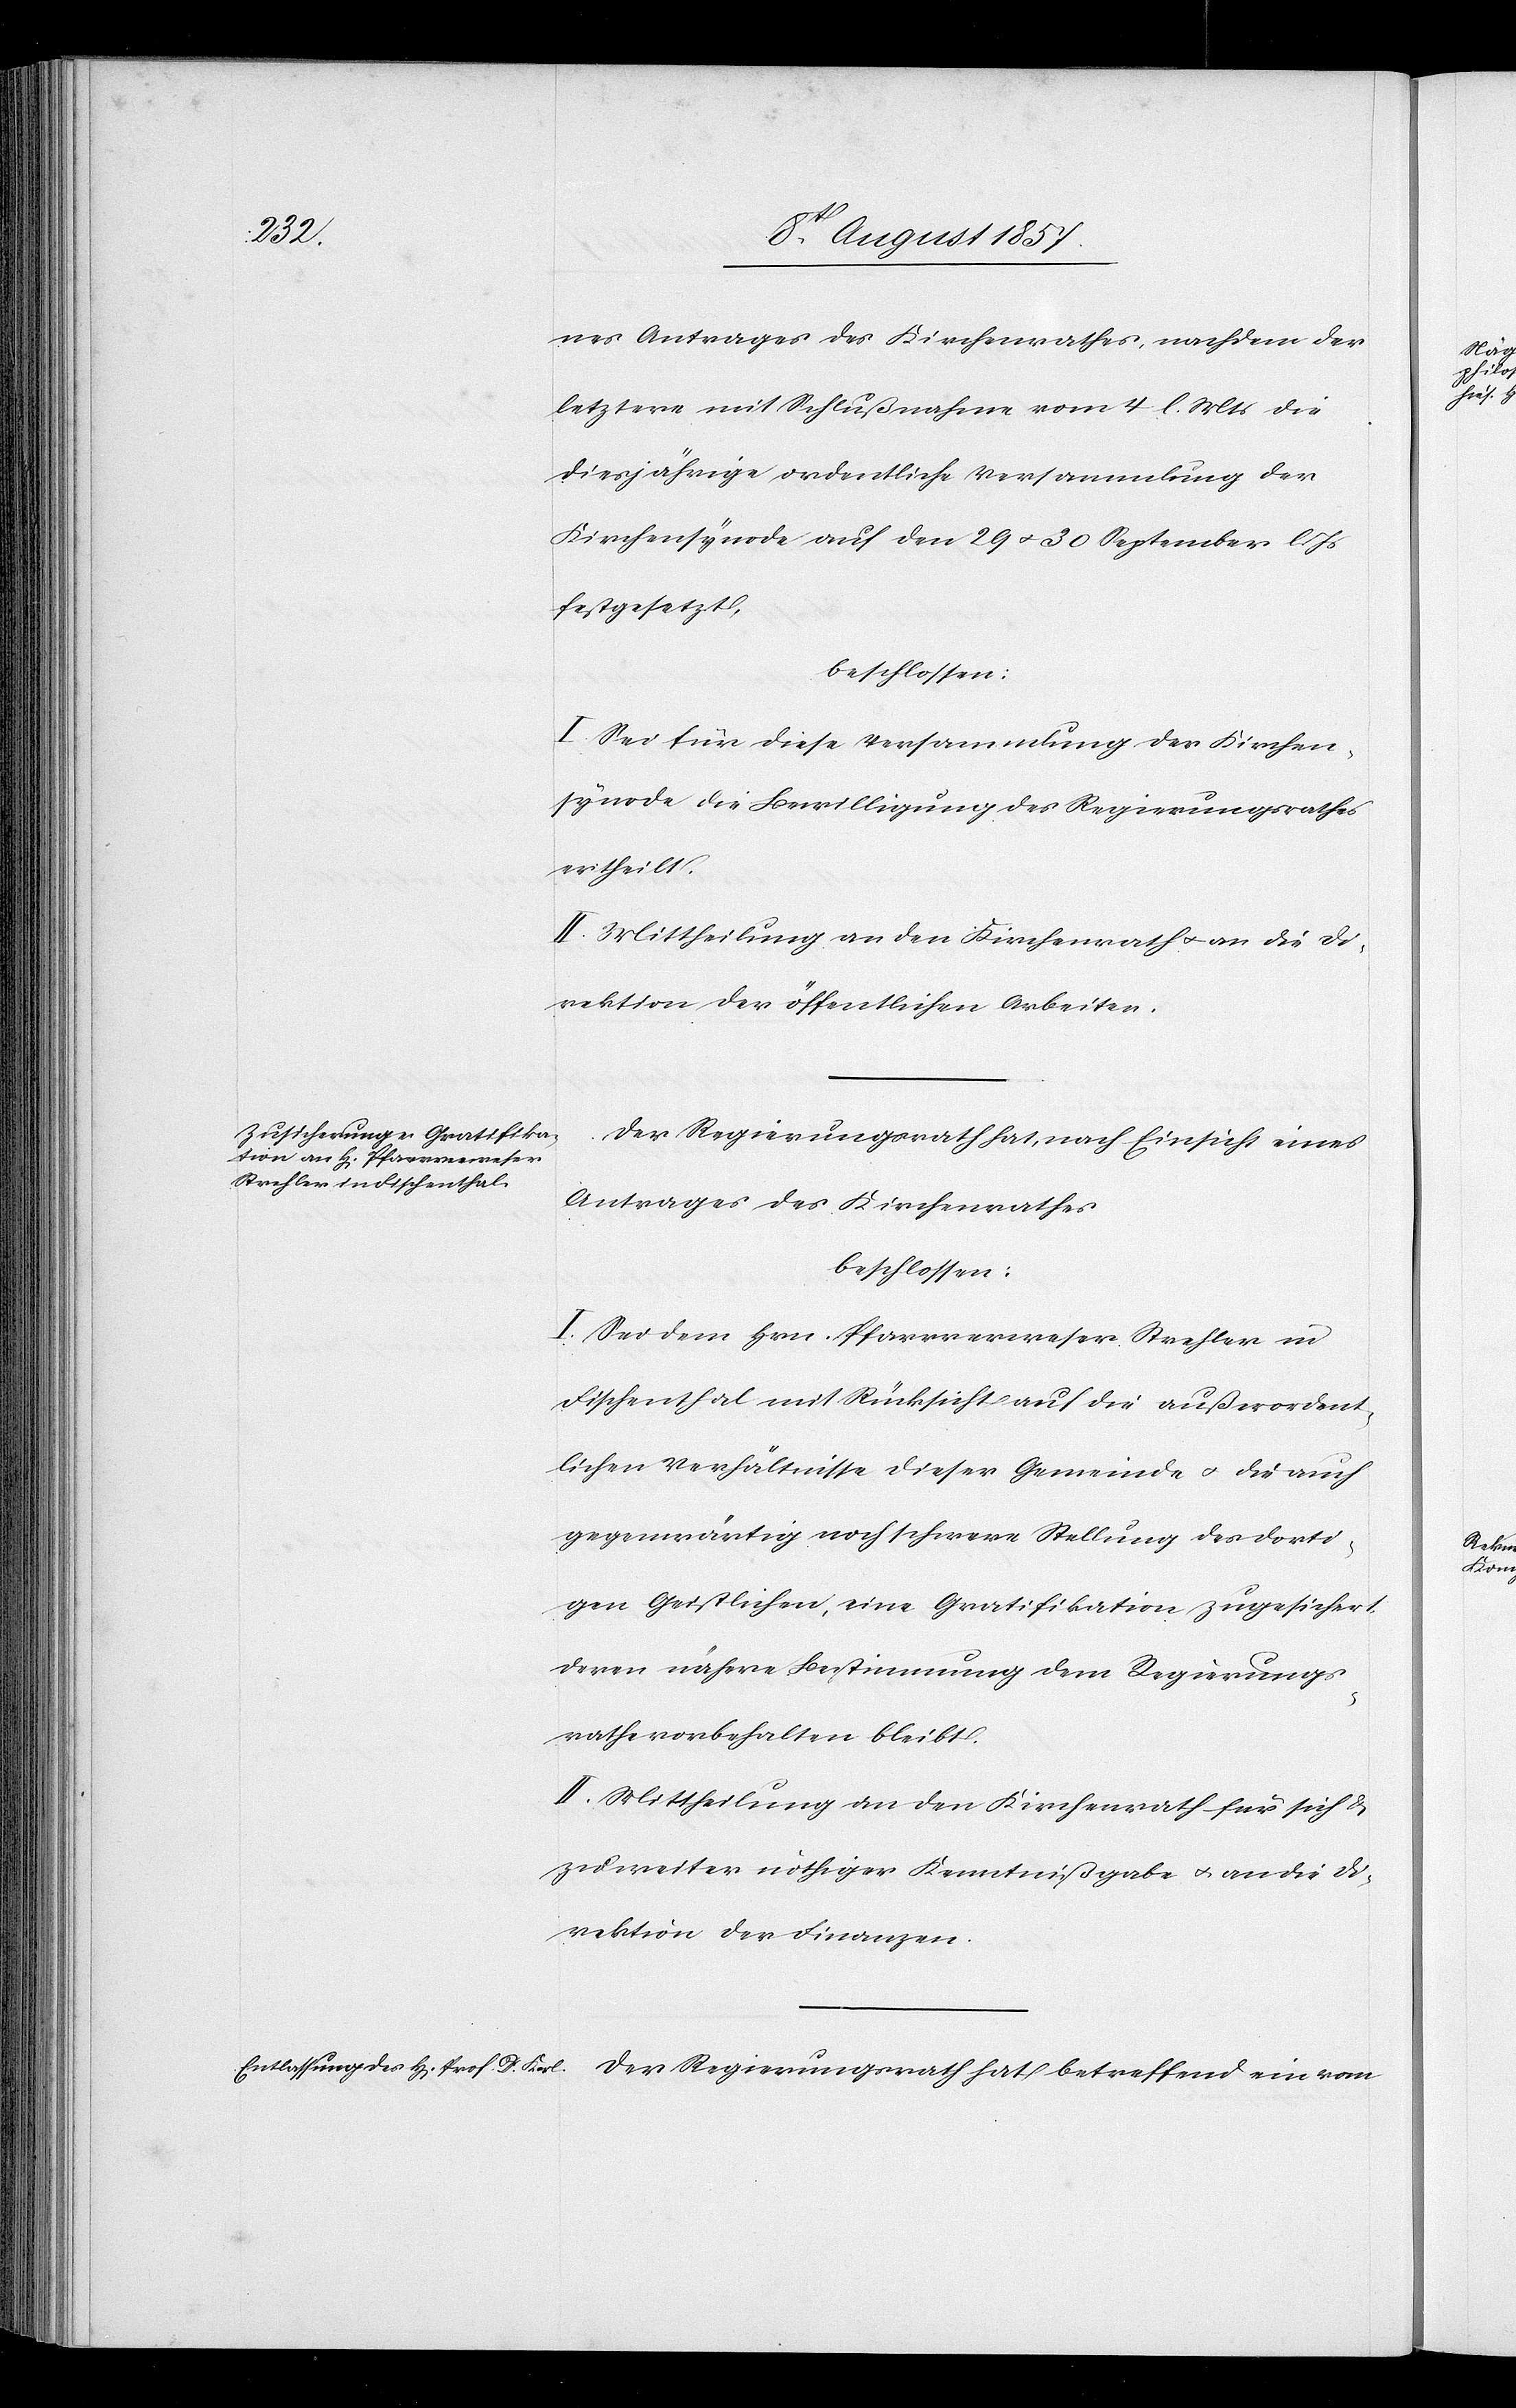
nes Antrages des Kirchenrathes, nachdem der
letztere mit Schlußnahme vom 4 l. Mts. die
diesjährige ordentliche Versammlung der
Kirchensynode auf den 29 & 30 September l.
festgesetzt,
beschlossen:
I. Sei für diese Versammlung der Kirchen¬
synode die Bewilligung des Regierungsrathes
ertheilt.
II. Mittheilung an den Kirchenrath & an die Di¬
rektion der öffentlichen Arbeiten.
Der Regierungsrath hat, nach Einsicht eines
Antrages des Kirchenrathes
beschlossen:
I. Sei dem Hrn. Pfarrverweser Strehler in
Fischenthal mit Rücksicht auf die außerordent¬
lichen Verhältnisse dieser Gemeinde & die auch
gegenwärtig noch sichere Stellung des dorti¬
gen Geistlichen, eine Gratifikation zugesichert
deren nähere Bestimmung dem Regierungs¬
rathe vorbehalten bleibt.
II. Mittheilung an den Kirchenrath für sich &
zu weiter nöthiger Kenntnißgabe & an die Di¬
rektion der Finanzen.

Der
ein